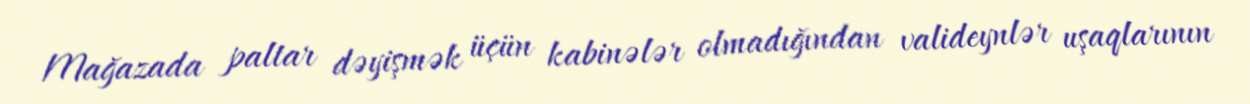
Mağazada paltar dəyişmək üçün kabinələr olmadığından valideynlər uşaqlarının